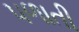
પળાતી